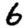
Digit: 6